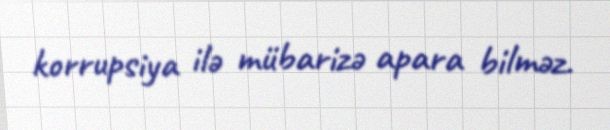
korrupsiya ilə mübarizə apara bilməz.